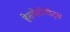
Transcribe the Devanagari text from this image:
हेसपेरोपीट्स